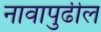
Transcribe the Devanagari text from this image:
नावापुढील